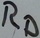
Text: RD